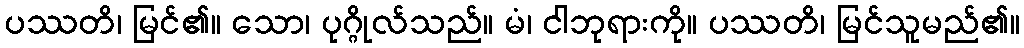
ပဿတိ၊ မြင်၏။ သော၊ ပုဂ္ဂိုလ်သည်။ မံ၊ ငါဘုရားကို။ ပဿတိ၊ မြင်သူမည်၏။